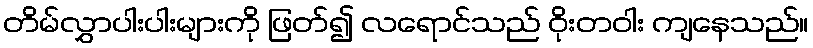
တိမ်လွှာပါးပါးများကို ဖြတ်၍ လရောင်သည် ဝိုးတဝါး ကျနေသည်။